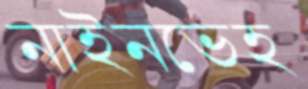
নাইনভেহ